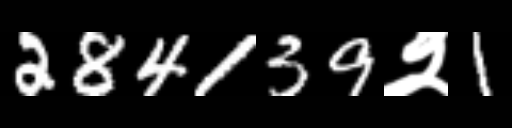
Text: 284139२1